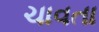
ચાવતા